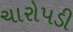
ચારોપડી